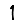
Digit: 1